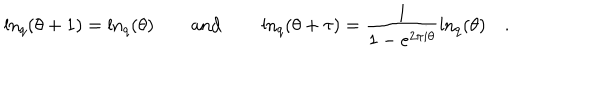
LaTeX: \ln _ { q } ( \theta + 1 ) = \ln _ { q } ( \theta ) \qquad \mathrm { a n d } \qquad \ln _ { q } \left( \theta + \tau \right) = \frac { 1 } { 1 - e ^ { 2 \pi i \theta } } \ln _ { q } ( \theta ) \quad .